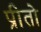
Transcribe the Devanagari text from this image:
प्रीतो